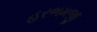
હરભમજી